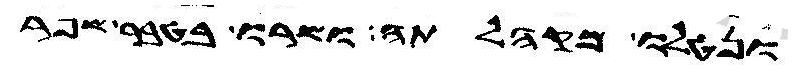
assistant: ונטלו מקהלתה ושרו בטור שפר